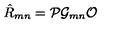
\hat { R } _ { m n } = { \cal P } { \cal G } _ { m n } { \cal O } \,